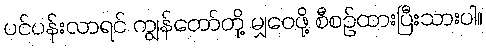
ပင်ပန်းလာရင် ကျွန်တော်တို့ မျှဝေဖို့ စီစဉ်ထားပြီးသားပါ။